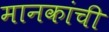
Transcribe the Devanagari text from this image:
मानकांची